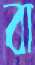
বা